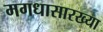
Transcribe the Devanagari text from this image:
मगधासारख्या